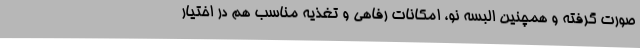
صورت گرفته و همچنین البسه نو، امکانات رفاهی و تغذیه مناسب هم در اختیار